Civil Veterinary Dept. Bombay admin report 1932-41 - 1932-1941
Year: 1932
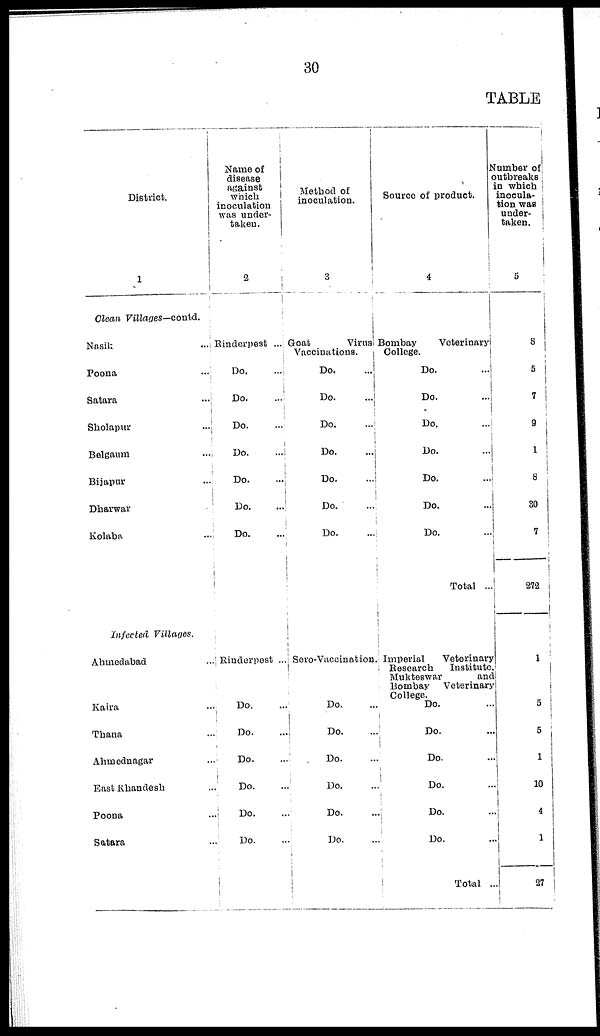
30
TABLE
District.
1
Clean Villages—contd.
Nasik
...
Poona
...
Satara
...
Sholapur
...
Belgaum ...
Bijapur ...
Dharwar
Kolaba
...
Infected
Villages.
Ahmedabad
...
Kaira ...
Thana ...
Ahmednagar ...
East Khandesh ...
Poona
...
Satara ...
Name of
disease
against
which
inoculation
was under¬
taken.
2
Rinderpest ...
Do.
...
Do.
...
Do. ...
Do.
...
Do.
...
Do. ...
Do. ...
Rinderpest ...
Do. ...
Do. ...
Do. ...
Do. ...
Do. ...
Do. ...
Method of
inoculation.
3
Goat
Virus
Vaccinations.
Do. ...
Do.
...
Do.
...
Do.
...
Do.
...
Do. ...
Do.
...
Sero-Vaccination.
Do. ...
Do. ...
Do. ...
Do. ...
Do. ...
Do. ...
Source of product.
4
Bombay
Veterinary
College.
Do. ...
Do. ...
Do. ...
Do. ...
Do. ...
Do. ...
Do. ...
Total ...
Imperial
Veterinary
Research
Institute,
Mukteswar
and
Bombay
Veterinary
College. Do. ...
Do. ...
Do. ...
Do. ...
Do. ...
Do. ...
Total ...
Number of
outbreaks
in which
inocula-
tion was
under¬
taken.
5
8
5
7
9
1
8
30
7
272
1
5
5
1
10
4
1
27